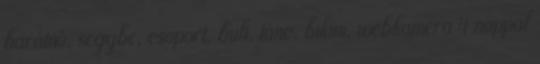
barátnö, seggbe, csoport, buli, tánc, bikini, webkamera 4 nappal